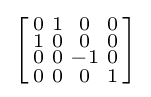
\left[{\begin{smallmatrix}0&1&0&0\\1&0&0&0\\0&0&-1&0\\0&0&0&1\\\end{smallmatrix}}\right]